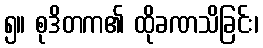
၅။ စုဒိတက၏ ထိုခဏသိခြင်း၊